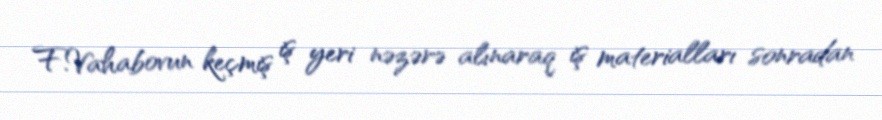
F.Vahabovun keçmiş iş yeri nəzərə alınaraq iş materialları sonradan